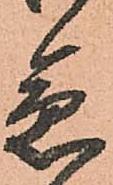
急